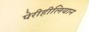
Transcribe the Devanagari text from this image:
पेरीहीलियान